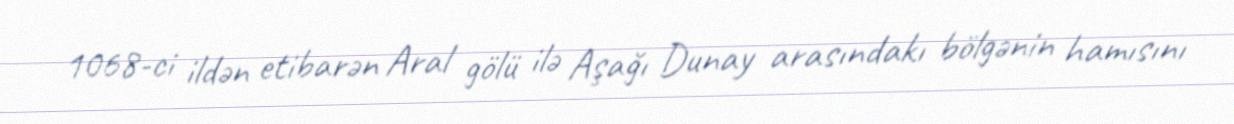
1068-ci ildən etibarən Aral gölü ilə Aşağı Dunay arasındakı bölgənin hamısını